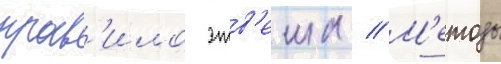
прав'ило этв'еша // М'етоды